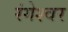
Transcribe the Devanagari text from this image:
रंगेश्वर